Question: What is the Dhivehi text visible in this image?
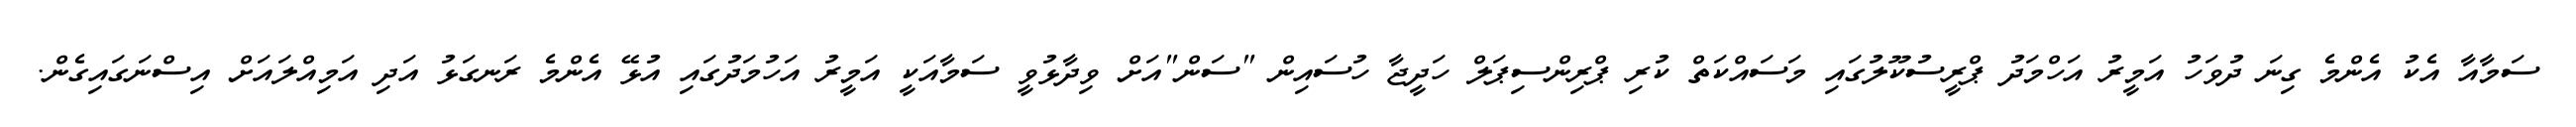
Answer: ސަމާއާ އެކު އެންމެ ގިނަ ދުވަހު އަމީރު އަހްމަދު ޕްރީސުކޫލުގައި މަސައްކަތް ކުރި ޕްރިންސިޕަލް ހަދީޖާ ހުސައިން "ސަން"އަށް ވިދާޅުވީ ސަމާއަކީ އަމީރު އަހުމަދުގައި އުޅޭ އެންމެ ރަނގަޅު އަދި އަމިއްލައަށް އިސްނަގައިގެން.